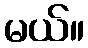
မယ်။